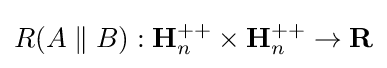
R(A\parallel B):\mathbf {H} _{n}^{++}\times \mathbf {H} _{n}^{++}\rightarrow \mathbf {R}